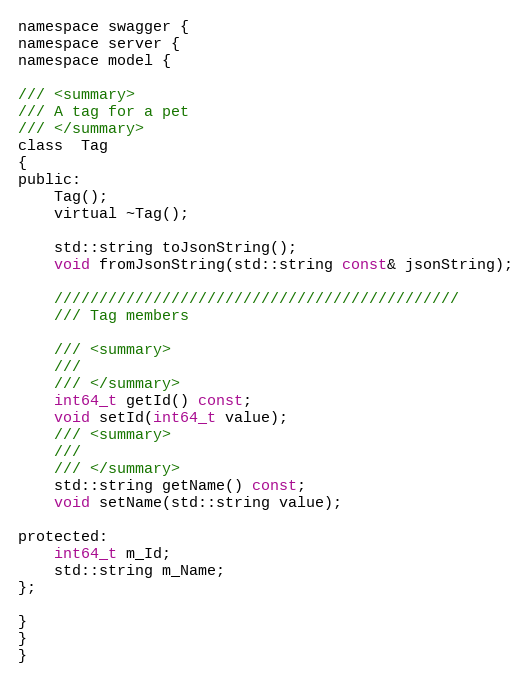
Language: C
namespace swagger {
namespace server {
namespace model {

/// <summary>
/// A tag for a pet
/// </summary>
class  Tag
{
public:
    Tag();
    virtual ~Tag();

    std::string toJsonString();
    void fromJsonString(std::string const& jsonString);

    /////////////////////////////////////////////
    /// Tag members

    /// <summary>
    ///
    /// </summary>
    int64_t getId() const;
    void setId(int64_t value);
    /// <summary>
    ///
    /// </summary>
    std::string getName() const;
    void setName(std::string value);

protected:
    int64_t m_Id;
    std::string m_Name;
};

}
}
}